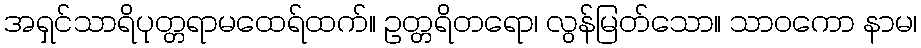
အရှင်သာရိပုတ္တရာမထေရ်ထက်။ ဥတ္တရိတရော၊ လွန်မြတ်သော။ သာဝကော နာမ၊